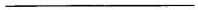
___